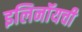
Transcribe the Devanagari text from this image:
इलिनॉयची